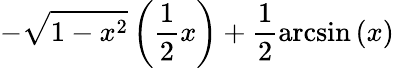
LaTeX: -\sqrt{1-x^{2}}\left(\frac{1}{2}x\right)+\frac{1}{2}\arcsin\left(x\right)